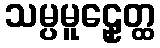
သမ္ပမူဠှေတ္ထ